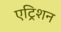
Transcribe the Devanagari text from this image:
एट्रिशन